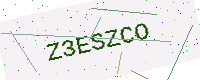
Text: Z3ESZCO